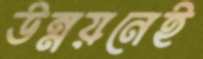
উন্নয়নেই